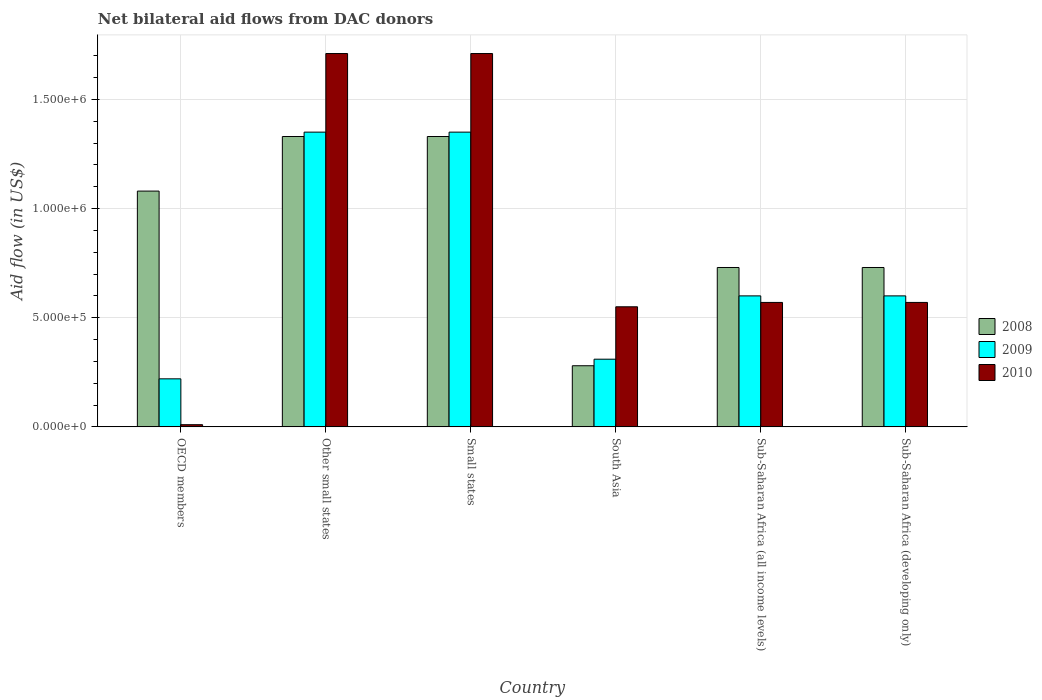
| Country | 2008 | 2009 | 2010 |
 | --- | --- | --- | --- |
 | OECD members | 1.08e+06 | 2.2e+05 | 1e+04 |
 | Other small states | 1.33e+06 | 1.35e+06 | 1.71e+06 |
 | Small states | 1.33e+06 | 1.35e+06 | 1.71e+06 |
 | South Asia | 2.8e+05 | 3.1e+05 | 5.5e+05 |
 | Sub-Saharan Africa (all income levels) | 7.3e+05 | 6e+05 | 5.7e+05 |
 | Sub-Saharan Africa (developing only) | 7.3e+05 | 6e+05 | 5.7e+05 |